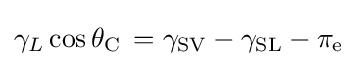
\gamma _{L}\cos \theta _{\mathrm {C} }\,=\gamma _{\mathrm {SV} }-\gamma _{\mathrm {SL} }-\pi _{\mathrm {e} }